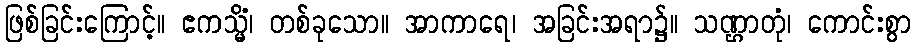
ဖြစ်ခြင်းကြောင့်။ ဧကသ္မိံ၊ တစ်ခုသော။ အာကာရေ၊ အခြင်းအရာ၌။ သဏ္ဌာတုံ၊ ကောင်းစွာ